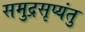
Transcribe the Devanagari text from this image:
समुद्रसृप्यंतु